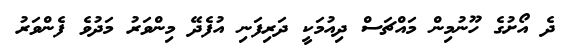
ދެ އޯށުގެ ހޫނުމިން މައްޗަސް ދިއުމަކީ ދަރިފަނި އުފެދޭ މިންވަރު މަދުވެ ފެންވަރު